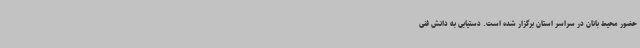
حضور محیط بانان در سراسر استان برگزار شده است. دستیابی به دانش فنی